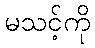
မသင့်ကို